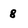
Character: g